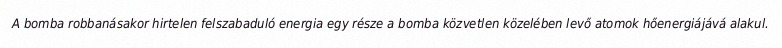
A bomba robbanásakor hirtelen felszabaduló energia egy része a bomba közvetlen közelében levő atomok hőenergiájává alakul.